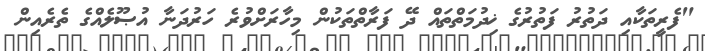
"ފެރީތަކާއި ދަތުރު ފަތުރުގެ ޚިދުމަތްތައް ދޭ ފަރާތްތަކުން މިހާރަށްވުރެ ހަރުދަނާ އުޞޫލެއްގެ ތެރެއިން